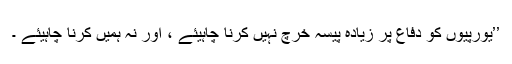
’’یورپیوں کو دفاع پر زیادہ پیسہ خرچ نہیں کرنا چاہیئے ، اور نہ ہمیں کرنا چاہیئے ۔